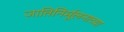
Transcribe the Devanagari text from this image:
जातिनिर्मूलनाच्या